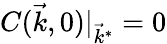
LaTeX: C(\vec{k},0)|_{\vec{k}^{*}}=0